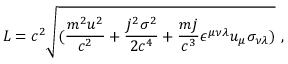
L = c ^ { 2 } \sqrt { ( { \frac { m ^ { 2 } u ^ { 2 } } { c ^ { 2 } } } + { \frac { j ^ { 2 } \sigma ^ { 2 } } { 2 c ^ { 4 } } } + { \frac { m j } { c ^ { 3 } } } \epsilon ^ { \mu \nu \lambda } u _ { \mu } \sigma _ { \nu \lambda } ) } ~ ,